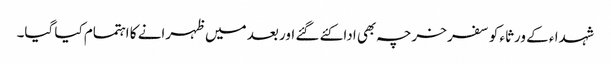
شہدا ء کے ورثاء کو سفر خرچہ بھی ادا کئے گئے اور بعد میں ظہرانے کا اہتمام کیا گیا۔